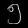
Digit: ၅